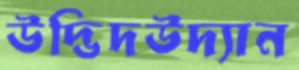
উদ্ভিদউদ্যান